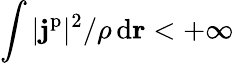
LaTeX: \int\vert\mathbf{j}^{\mathrm{p}}\vert^{2}/\rho\, \mathrm{d}\mathbf{r}<+\infty